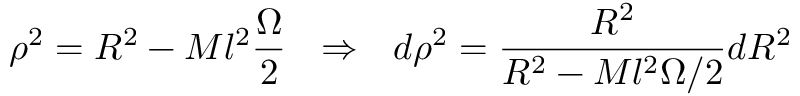
\rho ^ { 2 } = R ^ { 2 } - M l ^ { 2 } \frac { \Omega } { 2 } \: \: \: \Rightarrow \: \: \: d \rho ^ { 2 } = \frac { R ^ { 2 } } { R ^ { 2 } - M l ^ { 2 } \Omega / 2 } d R ^ { 2 }